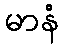
မာနံ